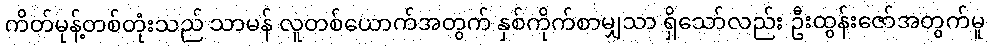
ကိတ်မုန့်တစ်တုံးသည် သာမန် လူတစ်ယောက်အတွက် နှစ်ကိုက်စာမျှသာ ရှိသော်လည်း ဦးထွန်းဇော်အတွက်မူ